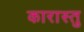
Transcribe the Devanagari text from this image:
कारास्तु